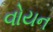
વોયન